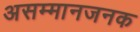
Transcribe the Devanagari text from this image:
असम्मानजनक